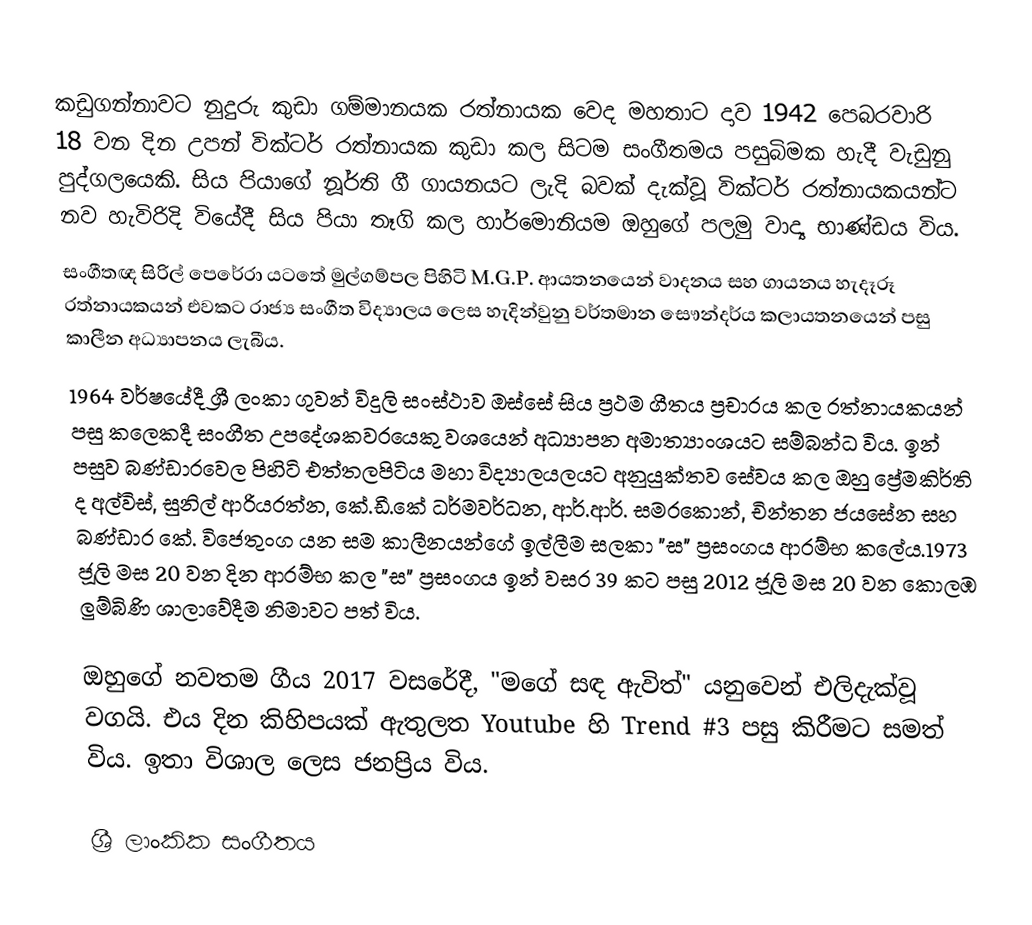
කඩුගන්නාවට නුදුරු කුඩා ගම්මානයක රත්නායක වෙද මහතාට දාව 1942 පෙබරවාරි 18 වන දින උපන් වික්ටර් රත්නායක කුඩා කල සිටම සංගීතමය පසුබිමක හැදී වැඩුනු පුද්ගලයෙකි. සිය පියාගේ නූර්ති ගී ගායනයට ලැදි බවක් දැක්වූ වික්ටර් රත්නායකයන්ට නව හැවිරිදි වියේදී සිය පියා තෑගි කල හාර්මොනියම ඔහුගේ පලමු වාද්‍ය භාණ්ඩය විය.
සංගීතඥ සිරිල් පෙරේරා යටතේ මුල්ගම්පල පිහිටි M.G.P. ආයතනයෙන් වාදනය සහ ගායනය හැදෑරූ රත්නායකයන් එවකට රාජ්‍ය සංගීත විද්‍යාලය ලෙස හැදින්වුනු වර්තමාන සෞන්දර්ය කලායතනයෙන් පසු කාලීන අධ්‍යාපනය ලැබීය.
1964 වර්ෂයේදී ශ්‍රී ලංකා ගුවන් විදුලි සංස්ථාව ඔස්සේ සිය ප්‍රථම ගීතය ප්‍රචාරය කල රත්නායකයන් පසු කලෙකදී සංගීත උපදේශකවරයෙකු වශයෙන් අධ්‍යාපන අමාත්‍යාංශයට සම්බන්ධ විය. ඉන් පසුව බණ්ඩාරවෙල පිහිටි එත්තලපිටිය මහා විද්‍යාලයලයට අනුයුක්තව සේවය කල ඔහු ප්‍රේමකිර්ති ද අල්විස්, සුනිල් ආරියරත්න, කේ.ඩී.කේ ධර්මවර්ධන, ආර්.ආර්. සමරකොන්, චින්තන ජයසේන සහ බණ්ඩාර කේ. විජෙතුංග යන සම කාලීනයන්ගේ ඉල්ලීම සලකා "ස" ප්‍රසංගය ආරම්භ කලේය.1973 ජූලි මස 20 වන දින ආරම්භ කල "ස" ප්‍රසංගය ඉන් වසර 39 කට පසු 2012 ජූලි මස 20 වන කොලඹ ලුම්බිණි ශාලාවේදීම නිමාවට පත් විය.

ඔහුගේ නවතම ගීය 2017 වසරේදී, "මගේ සඳ ඇවිත්" යනුවෙන් එලිදැක්වූ වගයි. එය දින කිහිපයක් ඇතුලත Youtube හි Trend #3 පසු කිරීමට සමත් විය. ඉතා විශාල ලෙස ජනප්‍රිය විය.

ශ්‍රී ලාංකික සංගීතය